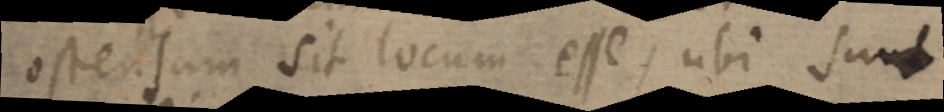
ostensum sit locum esse, ubi sunt